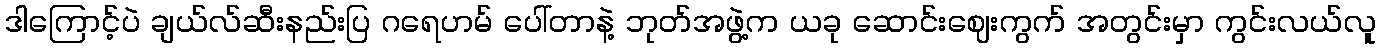
ဒါကြောင့်ပဲ ချယ်လ်ဆီးနည်းပြ ဂရေဟမ် ပေါ်တာနဲ့ ဘုတ်အဖွဲ့က ယခု ဆောင်းဈေးကွက် အတွင်းမှာ ကွင်းလယ်လူ